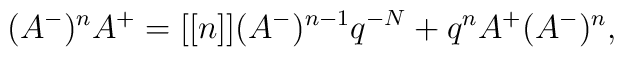
(A^{-})^nA^{+}=[[n]](A^{-})^{n-1}q^{-N}+q^nA^{+}(A^{-})^n,